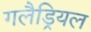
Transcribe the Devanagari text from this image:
गलैड्रियल